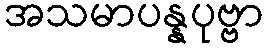
အသမာပန္နပုဗ္ဗာ